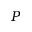
P